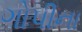
ગોપીના